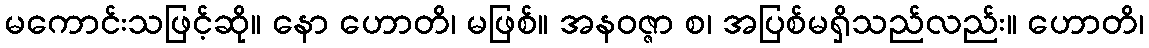
မကောင်းသဖြင့်ဆို။ နော ဟောတိ၊ မဖြစ်။ အနဝဇ္ဇာ စ၊ အပြစ်မရှိသည်လည်း။ ဟောတိ၊